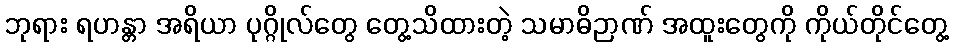
ဘုရား ရဟန္တာ အရိယာ ပုဂ္ဂိုလ်တွေ တွေ့သိထားတဲ့ သမာဓိဉာဏ် အထူးတွေကို ကိုယ်တိုင်တွေ့